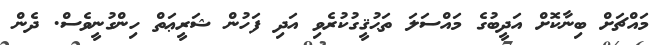
މައްޗަށް ބިނާކޮށް އަދީބުގެ މައްސަލަ ތަޙުޤީގުކުރެވި އަދި ފަހުން ޝަރީޢަތް ހިންގުނީވެސް. ދެން